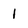
Character: 1